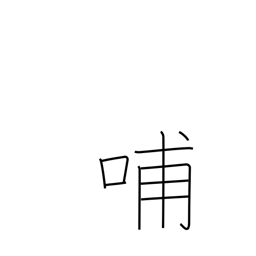
Meaning: nurse